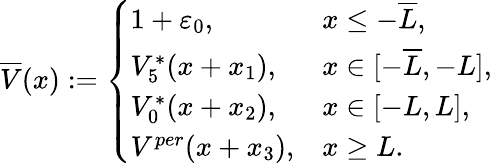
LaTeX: \overline{{V}}(x):=\left\{ \begin{array}{ll}{1+\varepsilon_{0},}&{x\leq-\overline{{L}},}\\ {V_{5}^{*}(x+x_{1}),}&{x\in[-\overline{{L}},-L],}\\ {V_{0}^{*}(x+x_{2}),}&{x\in[-L,L],}\\ {V^{per}(x+x_{3}),}&{x\geq L.}\end{array}\right.